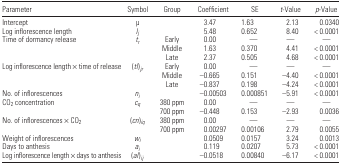
<table><thead><tr><td><b>Parameter</b></td><td><b>Symbol</b></td><td><b>Group</b></td><td><b>Coefficient</b></td><td><b>SE</b></td><td><b><i>t</i>-Value</b></td><td><b><i>p</i>-Value</b></td></tr></thead><tbody><tr><td>Intercept</td><td>μ</td><td></td><td>3.47</td><td>1.63</td><td>2.13</td><td>0.0340</td></tr><tr><td>Log inflorescence length</td><td><i>l</i><i><sub>j</sub></i></td><td></td><td>5.48</td><td>0.652</td><td>8.40</td><td>&lt; 0.0001</td></tr><tr><td>Time of dormancy release</td><td><i>t</i><i><sub>r</sub></i></td><td>Early</td><td>0.00</td><td>—</td><td>—</td><td>—</td></tr><tr><td></td><td></td><td>Middle</td><td>1.63</td><td>0.370</td><td>4.41</td><td>&lt; 0.0001</td></tr><tr><td></td><td></td><td>Late</td><td>2.37</td><td>0.505</td><td>4.68</td><td>&lt; 0.0001</td></tr><tr><td>Log inflorescence length × time of release</td><td>(<i>tl</i>)<i><sub>jr</sub></i></td><td>Early</td><td>0.00</td><td>—</td><td>—</td><td>—</td></tr><tr><td></td><td></td><td>Middle</td><td>−0.665</td><td>0.151</td><td>−4.40</td><td>&lt; 0.0001</td></tr><tr><td></td><td></td><td>Late</td><td>−0.837</td><td>0.198</td><td>−4.24</td><td>&lt; 0.0001</td></tr><tr><td>No. of inflorescences</td><td><i>n</i><i><sub>i</sub></i></td><td></td><td>−0.00503</td><td>0.000851</td><td>−5.91</td><td>&lt; 0.0001</td></tr><tr><td>CO<sub>2</sub> concentration</td><td><i>c</i><i><sub>q</sub></i></td><td>380 ppm</td><td>0.00</td><td>—</td><td>—</td><td>—</td></tr><tr><td></td><td></td><td>700 ppm</td><td>−0.448</td><td>0.153</td><td>−2.93</td><td>0.0036</td></tr><tr><td>No. of inflorescences × CO<sub>2</sub></td><td>(<i>cn</i>)<i><sub>iq</sub></i></td><td>380 ppm</td><td>0.00</td><td>—</td><td>—</td><td>—</td></tr><tr><td></td><td></td><td>700 ppm</td><td>0.00297</td><td>0.00106</td><td>2.79</td><td>0.0055</td></tr><tr><td>Weight of inflorescences</td><td><i>w</i><i><sub>i</sub></i></td><td></td><td>0.0509</td><td>0.0157</td><td>3.24</td><td>0.0013</td></tr><tr><td>Days to anthesis</td><td><i>a</i><i><sub>i</sub></i></td><td></td><td>0.119</td><td>0.0207</td><td>5.73</td><td>&lt; 0.0001</td></tr><tr><td>Log inflorescence length × days to anthesis</td><td>(<i>al</i>)<i><sub>ij</sub></i></td><td></td><td>−0.0518</td><td>0.00840</td><td>−6.17</td><td>&lt; 0.0001</td></tr></tbody></table>